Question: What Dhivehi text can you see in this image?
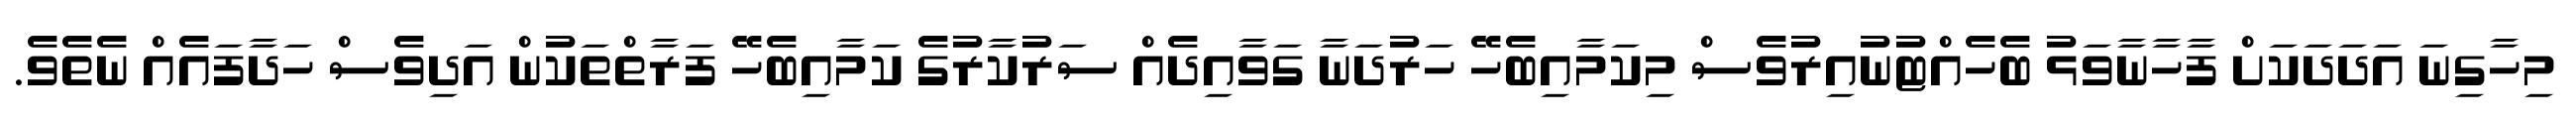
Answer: މިހާގިނަ އަދަދަކަށް ފާހާނާވަޅު ބެހެއްޓުނުއިރުވެސް މިކަމާއިބެހޭ ހަރުދަނާ ގަވާއިދެއް ސަރުކާރުގެ ކަމާއިބެހޭ ފަރާތްތަކުން އަދިވެސް ހަދާފައެއް ނެތެވެ.